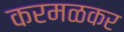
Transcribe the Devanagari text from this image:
करमळकर